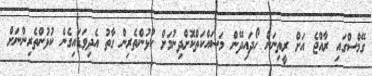
ގޭމްސްގައި ރާއްޖެ އަށް ރީތިނަން ހޯދައިދޭން މަސައްކަތްކޮށްދިނުމަށް ކުޅުންތެރިން ގާތު އެދިވަޑައިގެން ކުޅުންތެރިންނަށް